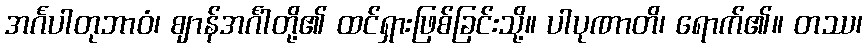
အင်္ဂပါတုဘာဝံ၊ ဈာန်အင်္ဂါတို့၏ ထင်ရှားဖြစ်ခြင်းသို့။ ပါပုဏာတိ၊ ရောက်၏။ တဿ၊